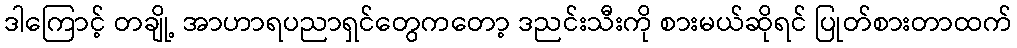
ဒါကြောင့် တချို့ အာဟာရပညာရှင်တွေကတော့ ဒညင်းသီးကို စားမယ်ဆိုရင် ပြုတ်စားတာထက်